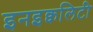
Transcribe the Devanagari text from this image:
इनइक्वलिटी